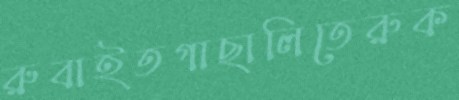
রুবাইতগাছালিতেরুক